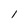
Character: 1